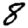
Digit: 8